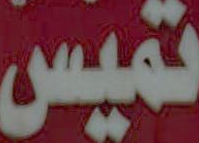
تميس